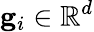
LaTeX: \mathbf{g}_{i}\in\mathbb{R}^{d}